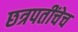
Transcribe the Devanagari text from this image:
छत्रपतींचेच